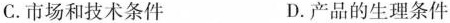
C.市场和技术条件 D.产品的生理条件